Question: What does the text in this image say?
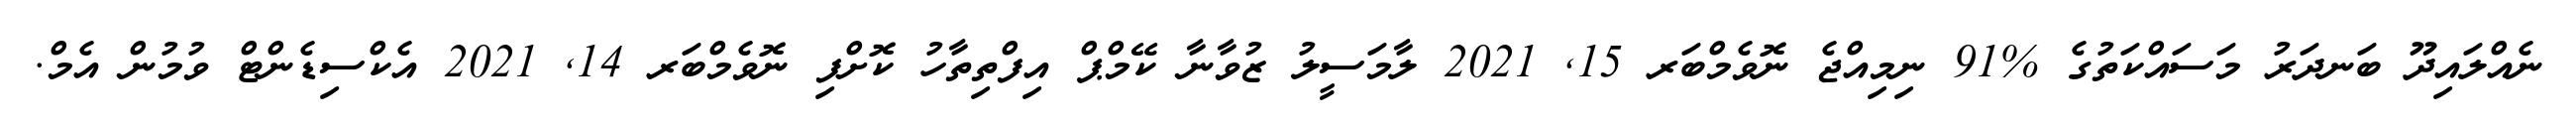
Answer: ނެއްލައިދޫ ބަނދަރު މަސައްކަތުގެ %91 ނިމިއްޖެ ނޮވެމްބަރ 15, 2021 ލާމަސީލު ޒުވާނާ ކޭމްޕް އިފްތިތާހު ކޮށްފި ނޮވެމްބަރ 14, 2021 އެކްސިޑެންޓް ވުމުން އެމް.